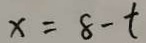
x = 8 - t